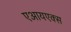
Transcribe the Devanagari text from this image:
एआयएक्स